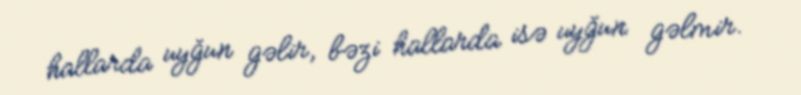
hallarda uyğun gəlir, bəzi hallarda isə uyğun gəlmir.